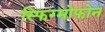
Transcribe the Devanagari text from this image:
स्फिग्मोफोन